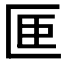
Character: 𪟭